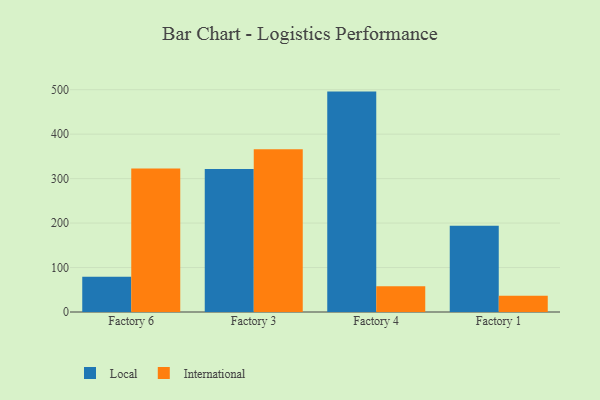
{"axis": {"x": "Factory", "y": "Net Income (USD K)"}, "legend": ["International", "Local"], "data": [{"x": "Factory 6", "y": 79.5, "type": "Local"}, {"x": "Factory 6", "y": 322.6, "type": "International"}, {"x": "Factory 3", "y": 321.9, "type": "Local"}, {"x": "Factory 3", "y": 366.1, "type": "International"}, {"x": "Factory 4", "y": 495.7, "type": "Local"}, {"x": "Factory 4", "y": 58.0, "type": "International"}, {"x": "Factory 1", "y": 194.1, "type": "Local"}, {"x": "Factory 1", "y": 36.4, "type": "International"}]}